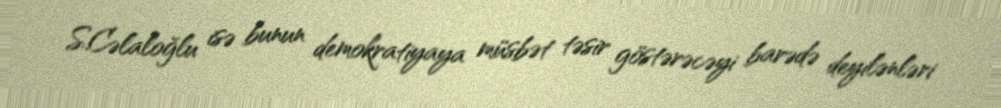
S.Cəlaloğlu isə bunun demokratiyaya müsbət təsir göstərəcəyi barədə deyilənləri